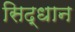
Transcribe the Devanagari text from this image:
सिद्धान